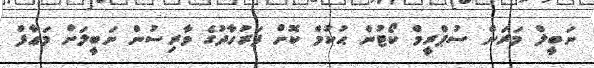
ނަބީލް މަރަން ސުޕްރީމް ކޯޓުން ޙުކުމް ކޮށް ފަރުހާދުގެ ވާރިސުން ނަބީލަށް މަޢާފް